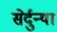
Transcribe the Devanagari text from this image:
सेर्दुन्या